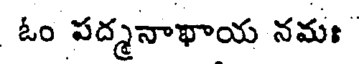
ఓం పద్మనాఖాయ నమః